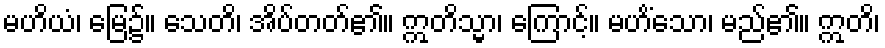
မဟိယံ၊ မြေ၌။ သေတိ၊ အိပ်တတ်၏။ ဣတိသ္မာ၊ ကြောင့်။ မဟိံသော၊ မည်၏။ ဣတိ၊